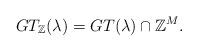
LaTeX: \begin{align*}GT_{\mathbb{Z}}(\lambda)\index{$GT_{\mathbb{Z}}(\lambda)$, lattice points in Gelfand-Tsetlin polytope} = GT(\lambda) \cap \mathbb{Z}^M.\end{align*}